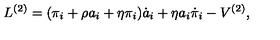
L ^ { ( 2 ) } = ( \pi _ { i } + \rho a _ { i } + \eta \pi _ { i } ) \dot { a } _ { i } + \eta a _ { i } \dot { \pi } _ { i } - V ^ { ( 2 ) } ,